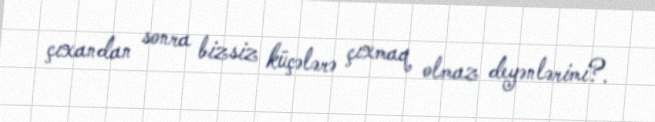
çıxandan sonra bizsiz küçələrə çıxmaq olmaz deyənlərimi?.